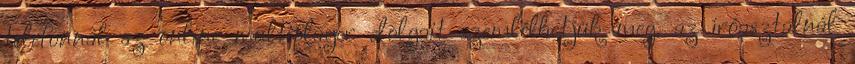
telefonnál az online multiplayer dolgait szemlélhetjük meg, az íróasztalnál